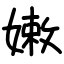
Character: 嫩